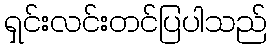
ရှင်းလင်းတင်ပြပါသည်